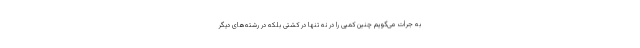
به جرأت می‌گویم چنین کمپی را در نه تنها در کشتی بلکه در رشته‌های دیگر